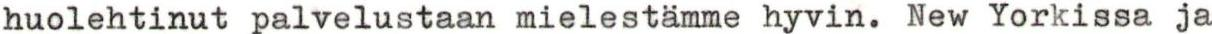
huolehtinut palvelustaan mielestämme hyvin. New Yorkissa ja